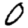
Digit: 0